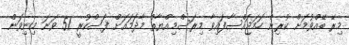
މިރޭ ބޭއްވުމަށް ކުރިން ހަމަޖައްސާފައިވާ މިރަސްމިއްޔާތު މާދަމައަށް ފަސްކުރީ 51 ވަނަ މިނިވަން